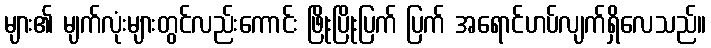
များ၏ မျက်လုံးများတွင်လည်းကောင်း ဖြိုးပြိုးပြက် ပြက် အရောင်ဟပ်လျက်ရှိလေသည်။